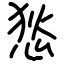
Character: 悐